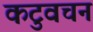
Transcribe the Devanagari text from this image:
कटुवचन